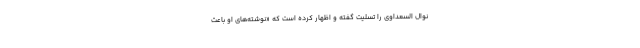
نوال السعداوی را تسلیت گفته و اظهار کرده است که «نوشته‌های او باعث